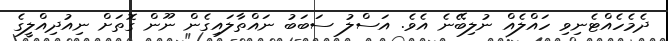
ދެމެހެއްޓެނިވި ހައްލެއް ނުލިބޭނެ އެވެ. އަސްލު ސަބަބު ނައްތާލައިގެން ނޫން ގޮތަށް ނިއުދިއްލީގެ